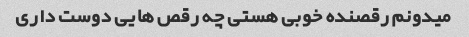
میدونم رقصنده خوبی هستی چه رقص هایی دوست داری